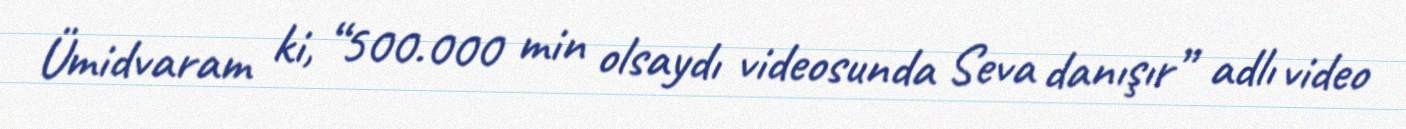
Ümidvaram ki, “500.000 min olsaydı videosunda Seva danışır” adlı video